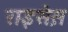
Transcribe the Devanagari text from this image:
राइस़ेस